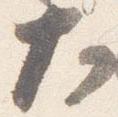
大